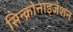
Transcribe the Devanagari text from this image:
सिन्क्रोनाइजेशन